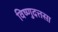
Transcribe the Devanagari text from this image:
विष्णुदत्तसा